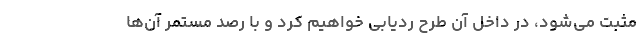
مثبت می‌شود، در داخل آن طرح ردیابی خواهیم کرد و با رصد مستمر آن‌ها